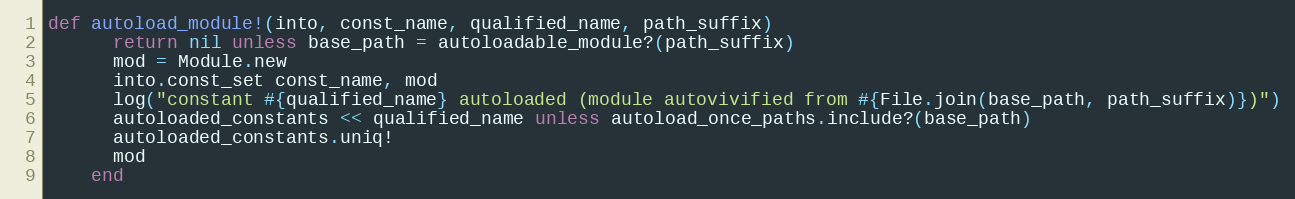
Language: Ruby
def autoload_module!(into, const_name, qualified_name, path_suffix)
      return nil unless base_path = autoloadable_module?(path_suffix)
      mod = Module.new
      into.const_set const_name, mod
      log("constant #{qualified_name} autoloaded (module autovivified from #{File.join(base_path, path_suffix)})")
      autoloaded_constants << qualified_name unless autoload_once_paths.include?(base_path)
      autoloaded_constants.uniq!
      mod
    end